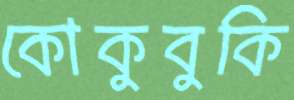
কোকুবুকি